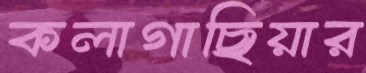
কলাগাছিয়ার